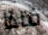
فاذا